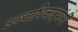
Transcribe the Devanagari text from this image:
उच्चाधिकाऱ्यांनी